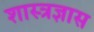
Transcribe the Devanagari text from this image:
शास्त्रज्ञास